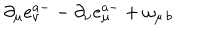
LaTeX: \partial _ { \mu } e _ { \nu } ^ { a - } - \partial _ { \nu } e _ { \mu } ^ { a - } + \omega _ { \mu \, b }